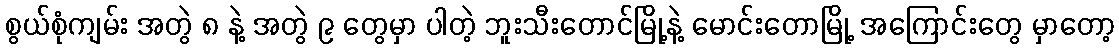
စွယ်စုံကျမ်း အတွဲ ၈ နဲ့ အတွဲ ၉ တွေမှာ ပါတဲ့ ဘူးသီးတောင်မြို့နဲ့ မောင်းတောမြို့ အကြောင်းတွေ မှာတော့